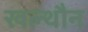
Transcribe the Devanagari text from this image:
खल्थौन